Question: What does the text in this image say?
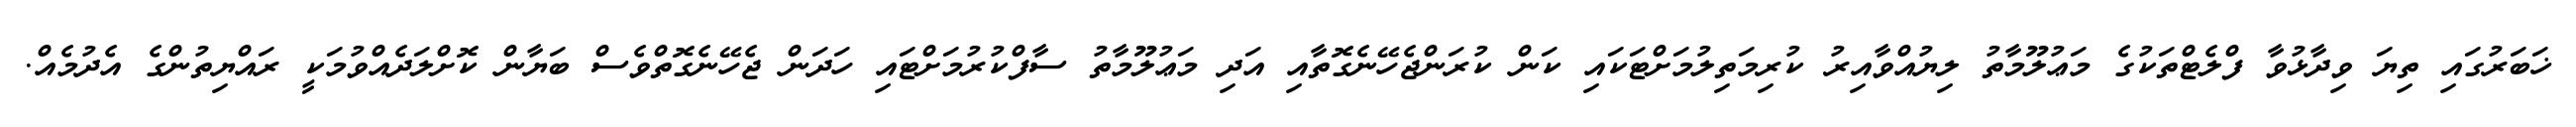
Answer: ޚަބަރުގައި ތިޔަ ވިދާޅުވާ ފްލެޓްތަކުގެ މަޢުލޫމާތު ލިޔުއްވާއިރު ކުރިމަތިލުމަށްޓަކައި ކަން ކުރަންޖެހޭނެގޮތާއި އަދި މަޢުލޫމާތު ސާފްކުރުމަށްޓައި ހަދަން ޖެހޭނެގޮތްވެސް ބަޔާން ކޮށްލަދެއްވުމަކީ ރައްޔިތުންގެ އެދުމެއް.